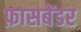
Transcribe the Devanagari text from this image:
फ़ासबेंडर